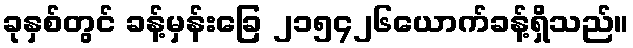
ခုနှစ်တွင် ခန့်မှန်းခြေ ၂၁၅၄၂၆ယောက်ခန့်ရှိသည်။